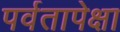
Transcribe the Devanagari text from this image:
पर्वतापेक्षा